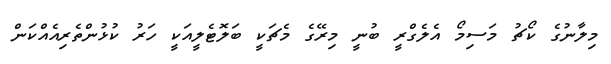
މިލާނުގެ ކޯޗު މަސިމޯ އެލެގްރީ ބުނީ މިރޭގެ މެޗަކީ ބަލޮޓެލީއަކީ ހަރު ކުޅުންތެރިއެއްކަން